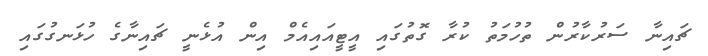
ޗައިނާ ސަރުކާރުން ތުހުމަތު ކުރާ ގޮތުގައި އީޓީއައިއެމް އިން އުޅެނީ ޗައިނާގެ ހުޅަނގުގައި